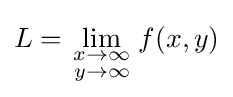
L=\lim _{\begin{smallmatrix}x\to \infty \\y\to \infty \end{smallmatrix}}f(x,y)